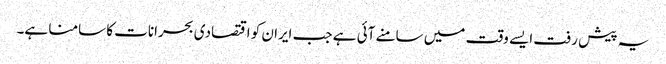
یہ پیش رفت ایسے وقت میں سامنے آئی ہے جب ایران کو اقتصادی بحرانات کا سامنا ہے۔